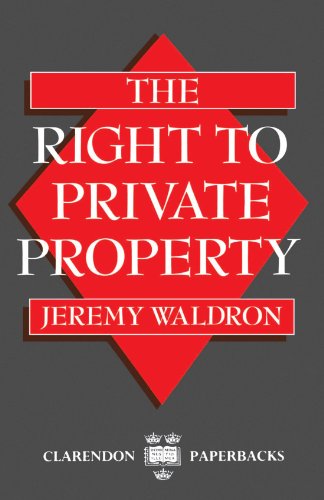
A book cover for The Right to Private Property (Clarendon Paperbacks); Jeremy Waldron; Law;